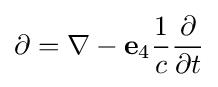
\partial =\nabla -\mathbf {e} _{4}{\frac {1}{c}}{\frac {\partial }{\partial t}}